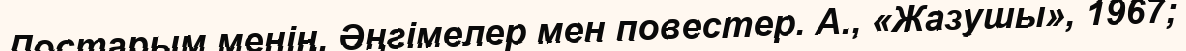
Достарым менің. Әңгімелер мен повестер. А., «Жазушы», 1967;